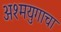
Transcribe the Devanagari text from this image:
अश्मयुगाचा